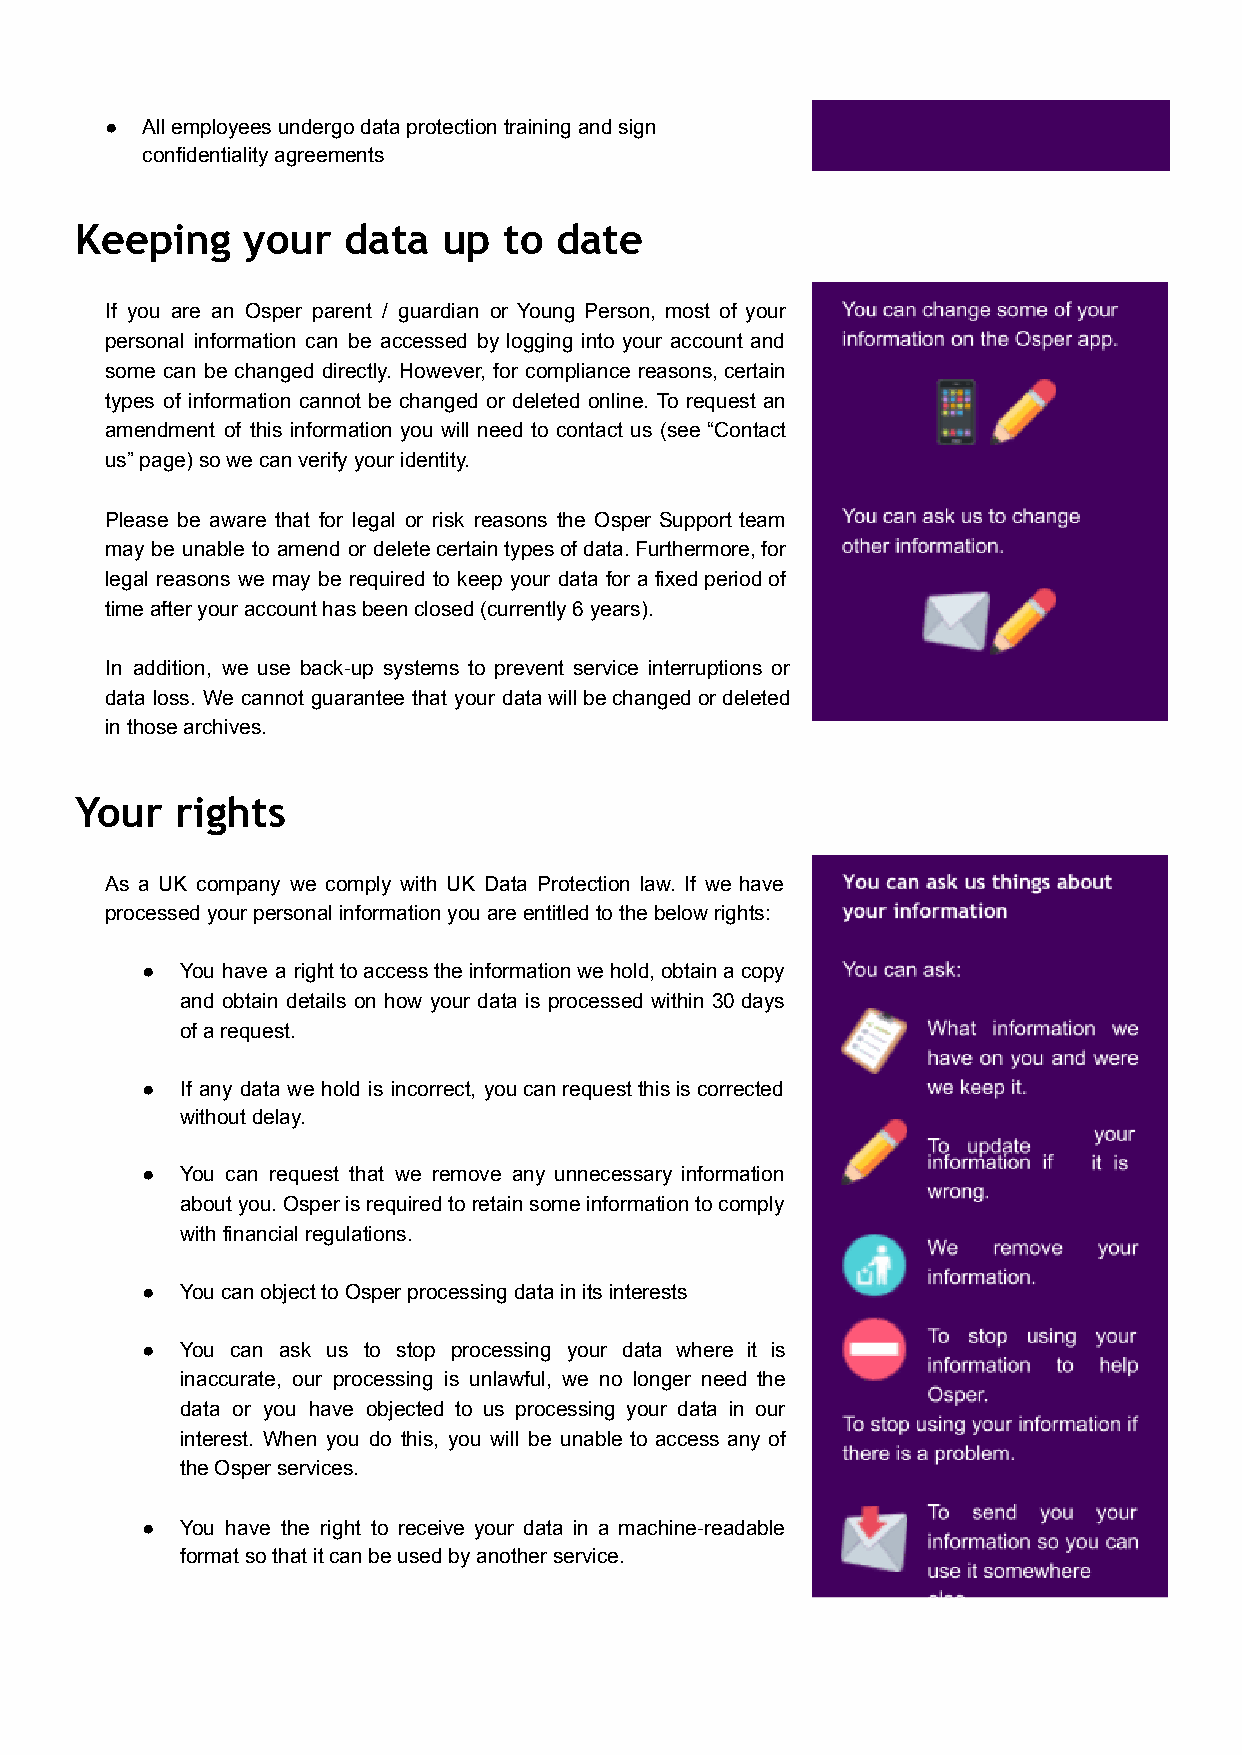
● All employees undergo data protection training and sign
 confidentiality agreements
 Keeping    your   data  up  to  date
 If you are an Osper parent / guardian or Young Person, most of your
 personal information can be accessed by logging into your account and
 some can be changed directly. However, for compliance reasons,certain
 types of information cannot be changed or deleted online. To request an
 amendment of this information you will need to contact us (see “Contact
 us” page) so we can verify your identity.
 Please be aware that for legal or risk reasons the Osper Support team
 may be unable to amend or deletecertaintypesofdata.Furthermore,for
 legal reasons we may be required to keep your data for afixedperiodof
 time after your account has been closed (currently 6 years).
 In addition, we use back-up systems to prevent service interruptions or
 data loss. We cannot guarantee that your datawillbechangedordeleted
 in those archives.
 Your   rights
 As a UK company we comply with UK Data Protection law. If we have
 processed your personal information you are entitled to the below rights:
 ●  You have a righttoaccesstheinformationwehold,obtainacopy
 and obtain details on how your data is processed within 30days
 of a request.
 ●  If any data we hold is incorrect, youcanrequestthisiscorrected
 without delay.
 ●  You can request that we remove any unnecessary information
 aboutyou.Osperisrequiredtoretainsomeinformationtocomply
 with financial regulations.
 ●  You can object to Osper processing data in its interests
 ●  You can ask us to stop processing your data where it is
 inaccurate, our processing is unlawful, we no longer need the
 data or you have objected to us processing your data in our
 interest. When you do this, you will be unable to access any of
 the Osper services.
 ●  You have the right to receive your data in a machine-readable
 format so that it can be used by another service.